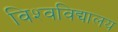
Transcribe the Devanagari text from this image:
विश्‍वविद्यालय